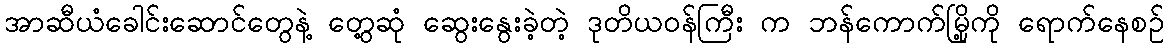
အာဆီယံခေါင်းဆောင်တွေနဲ့ တွေ့ဆုံ ဆွေးနွေးခဲ့တဲ့ ဒုတိယဝန်ကြီး က ဘန်ကောက်မြို့ကို ရောက်နေစဉ်